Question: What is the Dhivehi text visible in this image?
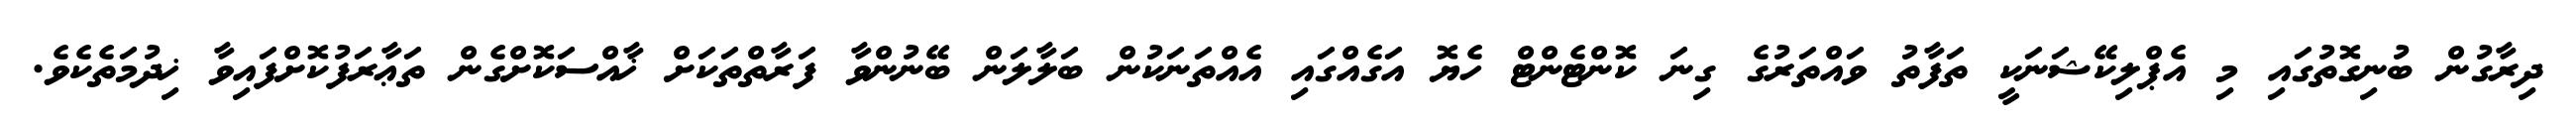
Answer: ދިރާގުން ބުނިގޮތުގައި މި އެޕްލިކޭޝަނަކީ ތަފާތު ވައްތަރުގެ ގިނަ ކޮންޓެންޓް ހެޔޮ އަގެއްގައި އެއްތަނަކުން ބަލާލަން ބޭނުންވާ ފަރާތްތަކަށް ޚާއްސަކޮށްގެން ތަޢާރަފުކޮށްފައިވާ ޚިދުމަތެކެވެ.